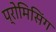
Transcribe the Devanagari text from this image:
प्रोमिसिंग